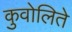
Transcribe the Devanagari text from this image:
कुवोलिते